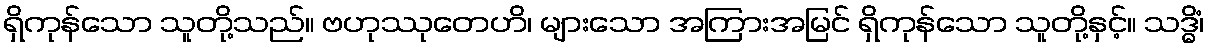
ရှိကုန်သော သူတို့သည်။ ဗဟုဿုတေဟိ၊ များသော အကြားအမြင် ရှိကုန်သော သူတို့နှင့်။ သဒ္ဓိံ၊